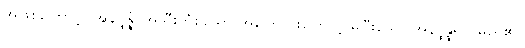
အဖြစ်ကြောင့်။ အနိပ္ဖန္နံ၊ အသီးကံစသော အကြောင်းကြောင့် မပြီးသော အနိပ္ဖန္နရုပ် မည်၏။